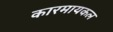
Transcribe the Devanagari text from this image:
कारमायकल